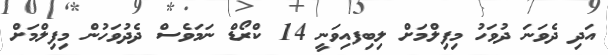
އަދި ދެވަނަ ދުވަހު މިފިލްމަށް ލިބިފއިވަނީ 14 ކްރޯޑް ނަމަވެސް ދެދުވަހުން މިފިލްމަށް